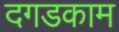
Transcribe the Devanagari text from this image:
दगडकाम